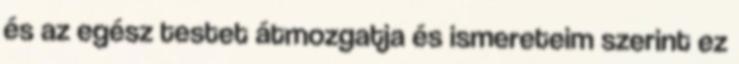
és az egész testet átmozgatja és ismereteim szerint ez